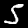
Label: 5